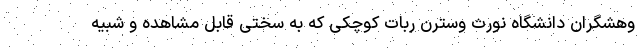
وهشگران دانشگاه نورث وسترن ربات کوچکی که به سختی قابل مشاهده و شبیه